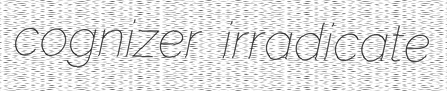
cognizer irradicate